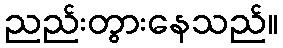
ညည်းတွားနေသည်။